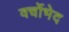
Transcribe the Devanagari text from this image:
वर्चोभेद